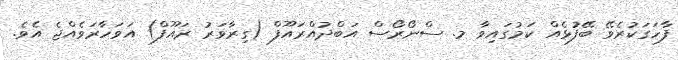
ފާހަގަކުރެވޭ ބޭފުޅެއް ކަމުގައިވާ މ. ސްނޯރޯސް އަބްދުއްރައޫފް (ގިރާވަރު ރައޫފް) އަވަހާރަވެއްޖެ އެވެ.